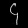
Digit: ၄